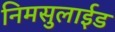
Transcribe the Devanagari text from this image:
निमसुलाईड